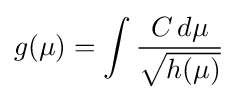
g(\mu )=\int {\frac {C\,d\mu }{\sqrt {h(\mu )}}}